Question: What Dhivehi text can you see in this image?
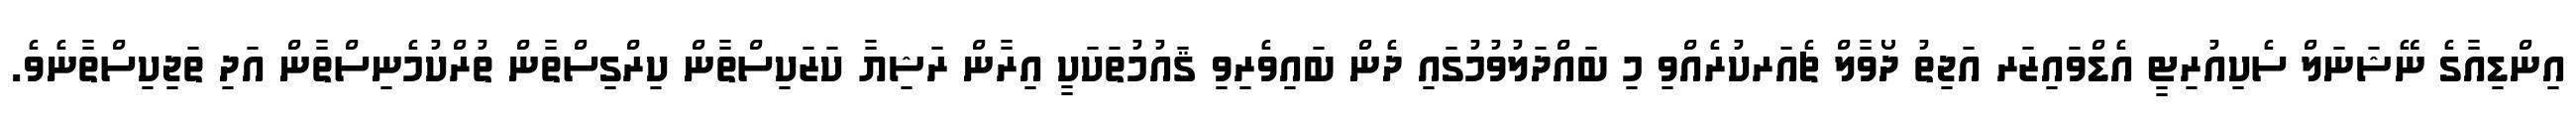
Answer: އިންޑިއާގެ ނޭޝަނަލް ސެކިއުރިޓީ އެޑްވައިޒަރ އަޖިތު ދޯވާލް ޗެއަރކުރެއްވި މި ބައްދަލުވުމުގައި ދެން ބައިވެރިވި ޤައުމުތަކަކީ އިރާން ރަޝިޔާ ކަޒަކިސްތާން ކިރްގިސްތާން ތުރްކުމެނިސްތާން އަދި ތަޖިކިސްތާނެވެ.